Annual report on the working of the lock hospitals in the Central Provinces
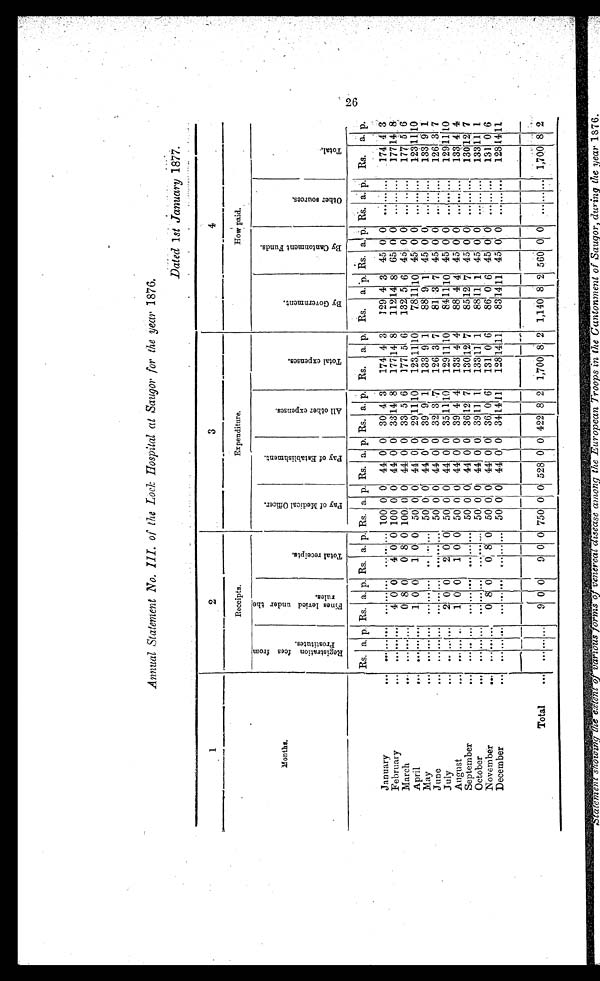
Annual Statement No. III. of the Lock Hospital at Saugor for the year 1876.
Dated 1st January 1877.
1
2
3
4
M o n t h s .
Receipts.
Expenditure.
How paid.
R e g i s t r a t i o n f e e s f r o m P r o s t i t u t e s .
F i n e s l e v i e d u n d e r t h e r u l e s .
T o t a l r e c e i p t s .
P a y o f M e d i c a l O f f i c e r .
P a y o f E s t a b l i s h m e n t .
A l l o t h e r e x p e n s e s .
T o t a l e x p e n s e s .
B y G o v e r n m e n t .
B y C a n t o n m e n t F u n d s .
O t h e r s o u r c e s .
T o t a l .
Rs. a. p. Rs. a. p. Rs. a. p. Rs. a. p. Rs. a. p. Rs. a. p. Rs. a. p. Rs. a. p. Rs. a . p . Rs. a. p . Rs. a. p.
January
... ... ... ... ... ... ... ... .. ... 100 0 0 44 0 0 30 4 3
174 4 3
129 4 3 45 0 0 ... ... . . . 174 4
3
February
...
. . . . . . . . . 4 0 0 4 0 0 100 0 0 44 0 0 33 14 8
177 1 4 8
112 14 8 65 0 0
. . . . . . . . . 177 14 8
March
... ... ... ... 0 8 0
0 8 0 100 0 0 44 0 0 33 5 6 177 5 6 132 5 6 45 0 0
. . . . . . ...
177 5 6
April
...
. . .
... ...
1 0 0 1 0 0 50 0 0 44 0 0 29 11 10
123 11 10
78 11 10 45 0 0
. . . ... . . . 123 11 10
May ...
. . . . . . . . .
. . . . . . . . .
. . . . . . . . . 50 0 0 44 0 0 39 9 1
133 9 1
88 9 1 45 0 0 ... ... ... 133 9 1
June
... ... ... ... ... ... ... ... . . . ... 50 0 0 44 0 0 32 3 7 126 3 7
81 3 7 45 0 0
. . . . . . . . . 126 3 7
July
... ... ... . . . 2 0 0
2 0 0 50 0 0 44 0 0 35 11 10
129 11 10
84 11 10 45 0 0
. . . . . . . . . 129 11 10
August . . .
. . . . . . . . . 1 0 0
1 0 0 50 0 0 44 0 0 39 4 4 133 4 4
88 4 4 45 0 0 ... ... ...
133 4 4
September
... ... ... ... ... ... . . . ... . . . . . . 50 0 0, 44 0 0 36 12 7
130 12 7
85 12 7 45 0 0 ... ... . . . 130 1 2 7
October
... ... ... ... ... ... ...
. . . . . . . . . 50 0 0 44 0 0 39 11 1
133 11 1
88 11 1 45 0 0 ... . . . . . . 133 1 1 1
November
...
. . . . . . ... 0 8 0
0 8 0 50 0 0 44 0 0 36 0 6
131 0 6
86 0 6 45 0 0 ... ... . . . 131 0 6
December
... ... ... ... ... ... ... ... ... ... 50 0 0 44 0 0 34 14 11
128 14 11
83 14 11
4 5 0 0 ... ... . . . 128 14 11
... ... ...
9 0 0
9 0 0 750 0 0 528 0 0 422 8 2 1,700 8 2 1,140 8 2 560 0 0
. . . . . . . . . 1,700 8 2
Total
...
26 S t a t e m e n t s h o w i n g t h e e x t e n t o f v a r i o u s f o r m s o f v e n e r e a l d i s e a s e a m o n g t h e E u r o p e a n T r o o p s i n t h e C a n t o n m e n t o f S a u g o r , d u r i n g t h e y e a r 1 8 7 6 .